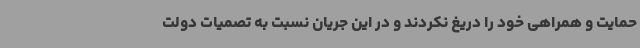
حمایت و همراهی خود را دریغ نکردند و در این جریان نسبت به تصمیات دولت